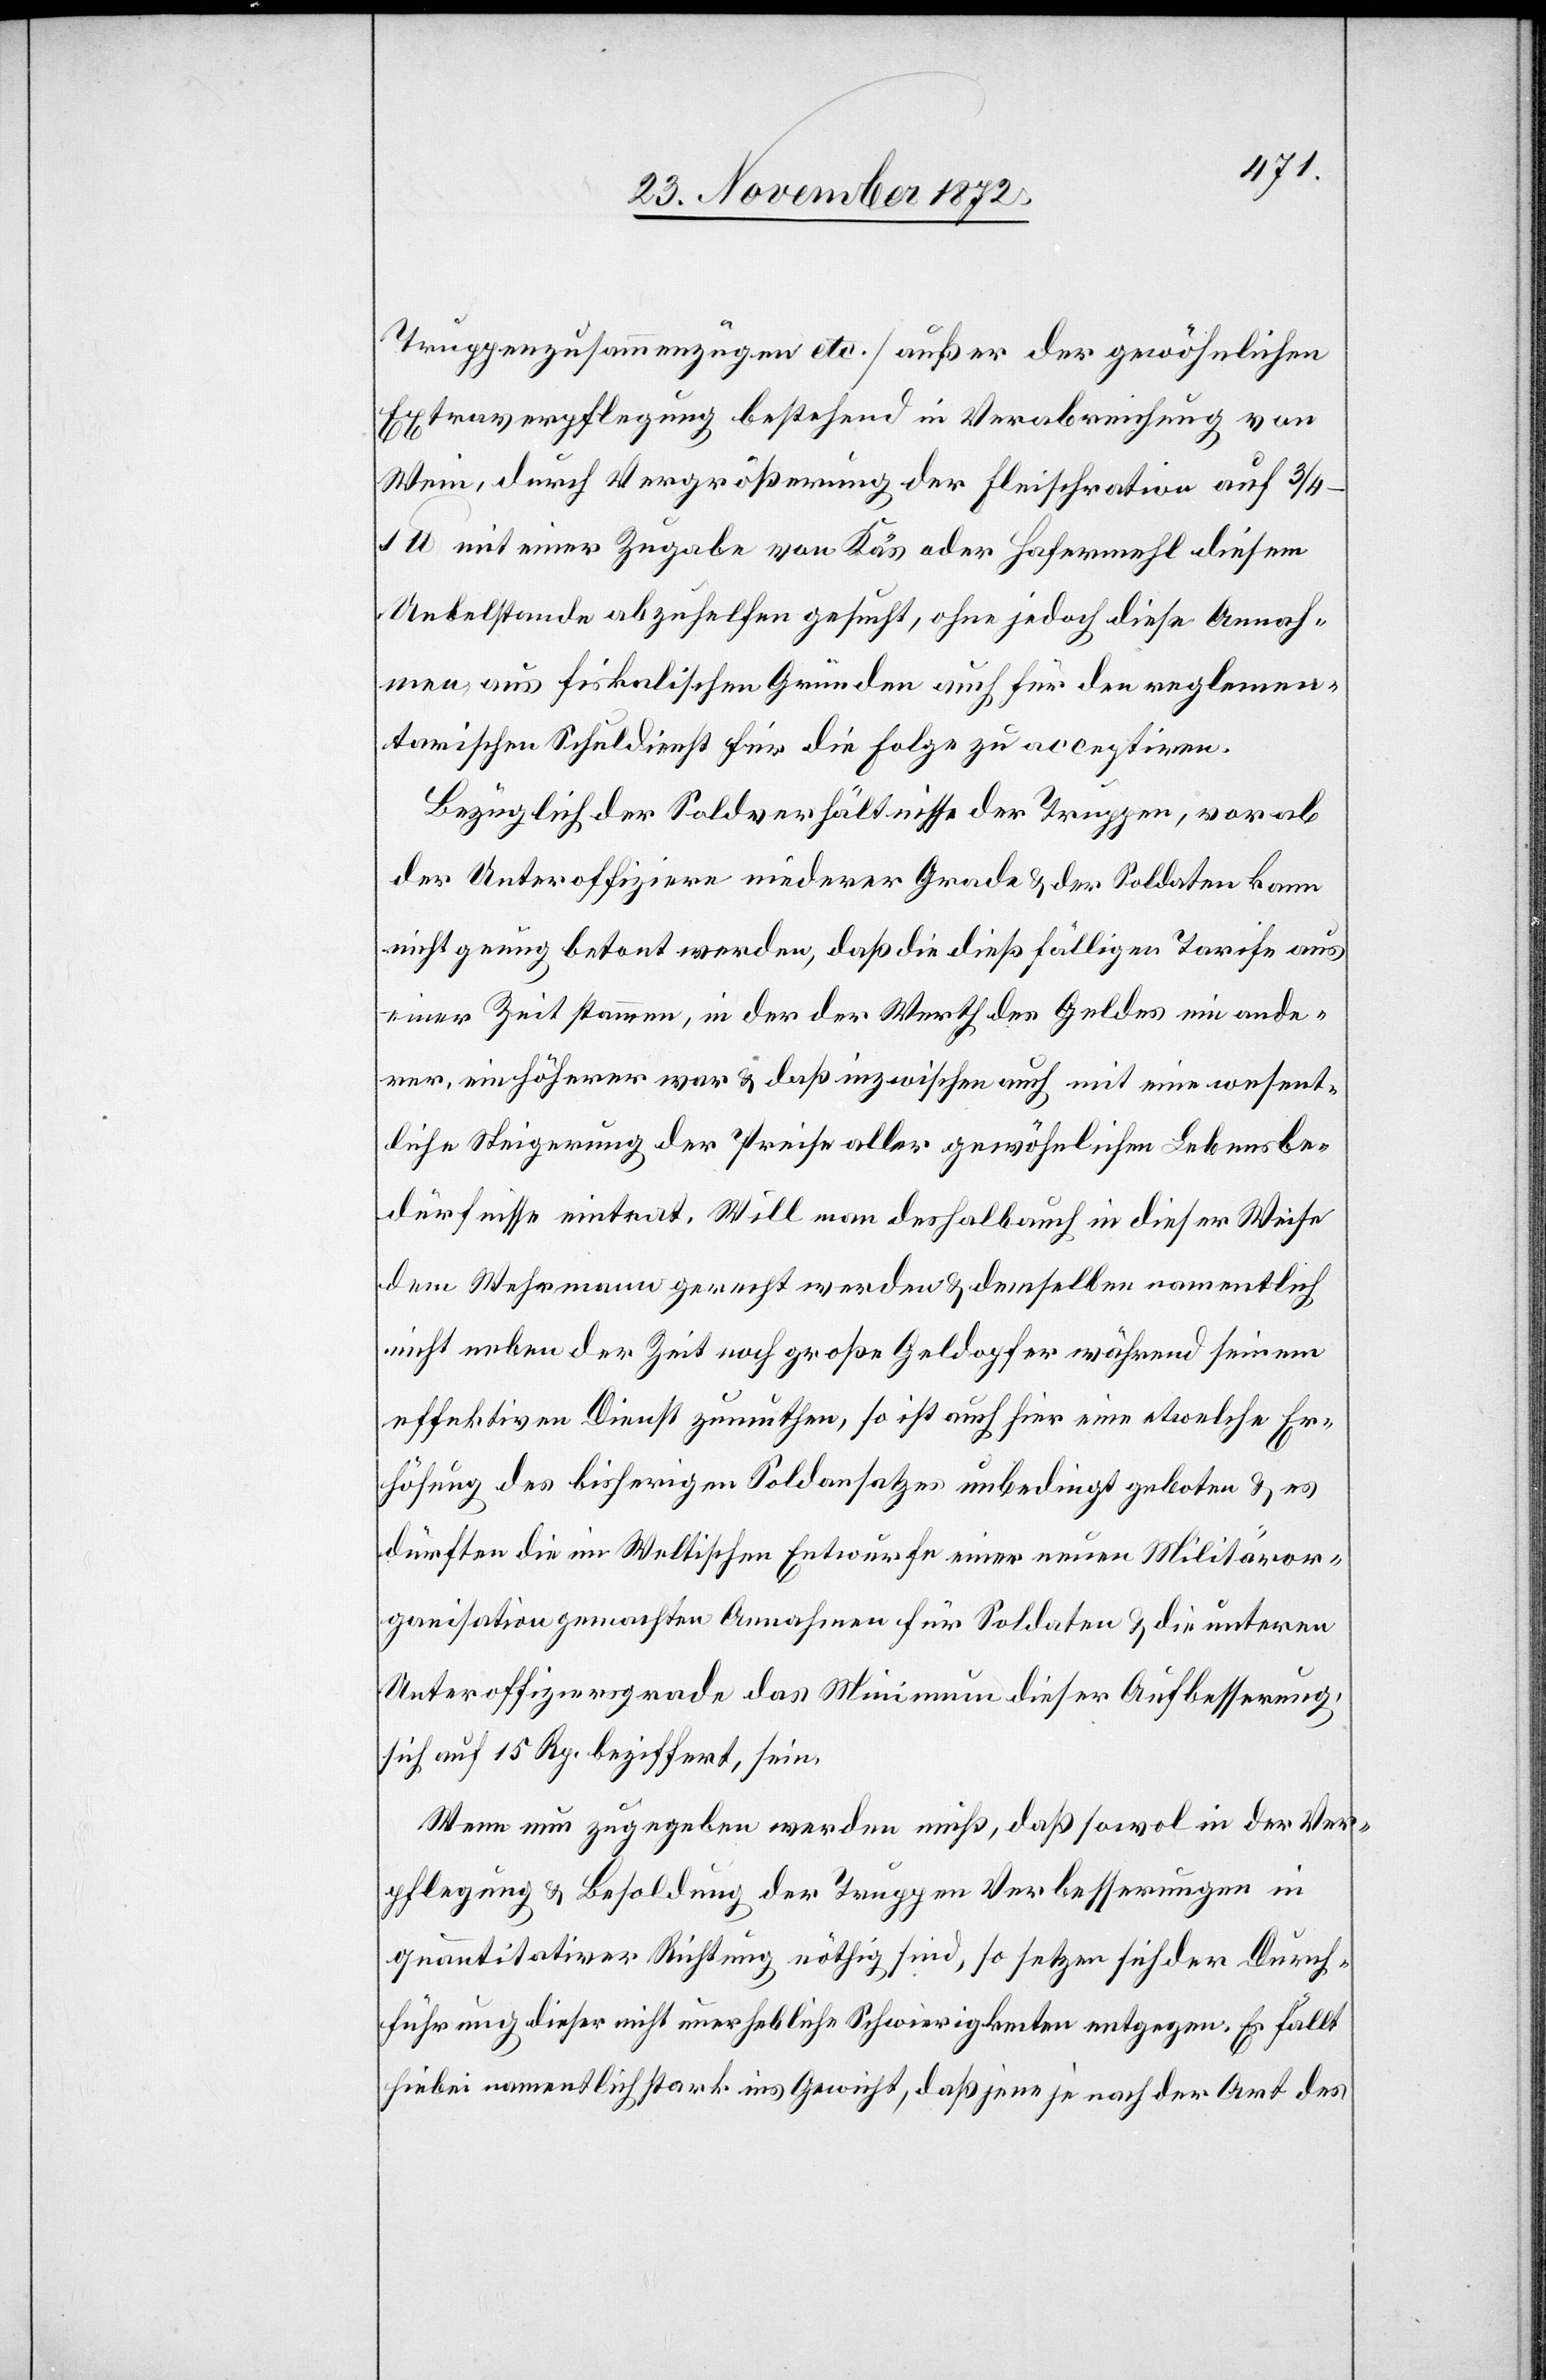
Truppenzusammenzügen etc.] außer der gewöhnlichen
Extraverpflegung bestehend in Verabreichung von
Wein, durch Vergrößerung der Fleischration auf 3/4–1
lb. mit einer Zugabe von Käs oder Hafermehl diesem
Uebelstande abzuhelfen gesucht, ohne jedoch diese Annah¬
men aus fiskalischen Gründen auch für den reglemen¬
tarischen Schuldienst für die Folge zu acceptiren.
Bezüglich der Soldverhältnisse der Truppen, vorab
der Unteroffiziere niederer Grade u. der Soldaten kann
nicht genug betont werden, daß die dießfälligen Tarife aus
einer Zeit stammen, in der der Werth des Geldes ein ande¬
rer, ein höherer war u. daß inzwischen auch mit eine wesent¬
liche Steigerung der Preise aller gewöhnlichen Lebensbe¬
dürfnisse eintrat. Will man deshalb auch in dieser Weise
dem Wehrmann gerecht werden u. demselben namentlich
nicht neben der Zeit noch große Geldopfer während seinem
effektiven Dienst zumuthen, so ist auch hier eine etwelche Er¬
höhung des bisherigen Soldansatzes unbedingt geboten u. es
dürften die im Weltischen Entwurfe einer neuen Militäror¬
ganisation gemachten Annahmen für Soldaten u. die unteren
Unteroffiziersgrade das Minimum dieser Aufbesserung,
sich auf 15 Rp. beziffert, sein.
Wenn nun zugegeben werden muß, daß sowol in der Ver¬
pflegung u. Besoldung der Truppen Verbesserungen in
quantitativer Richtung nöthig sind, so setzen sich der Durch¬
führung dieser nicht unerhebliche Schwierigkeiten entgegen. Es fällt
hiebei namentlich stark ins Gewicht, daß jene je nach der Art des